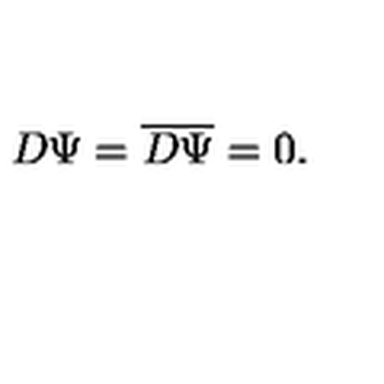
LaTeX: D \Psi = { \overline { D } } { \overline { \Psi } } = 0 .